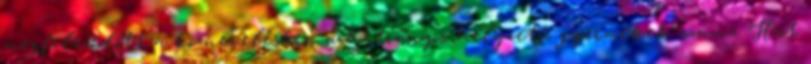
megfeleződött a köznevelésben a hátrányos helyzetű gyermekek száma Hat